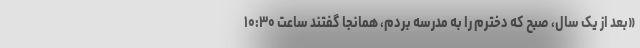
«بعد از یک سال، صبح که دخترم را به مدرسه بردم، همانجا گفتند ساعت ۱۰:۳۰